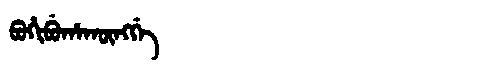
Manchu: ᠪᠣᡥᡳᠪᡠᡥᠠᡴᡡᠩᡤᡝ
Romanization: BOHIBUHAKŪNGGE